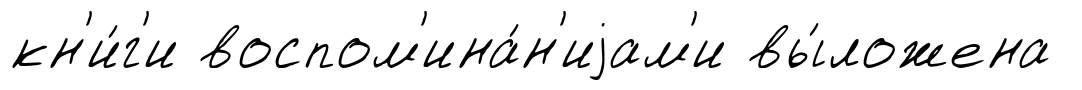
кн'и́г'и воспом'ина́н'иjам'и вы́ложена